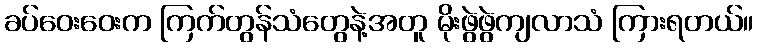
ခပ်ဝေးဝေးက ကြက်တွန်သံတွေနဲ့အတူ မိုးဖွဲဖွဲကျလာသံ ကြားရတယ်။